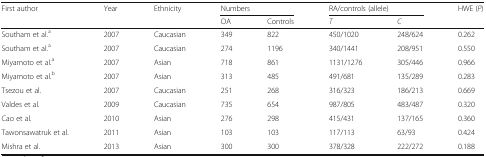
<table><thead><tr><td rowspan="2"><b>First author</b></td><td rowspan="2"><b>Year</b></td><td rowspan="2"><b>Ethnicity</b></td><td colspan="2"><b>Numbers</b></td><td colspan="2"><b>RA/controls (allele)</b></td><td><b>HWE (<i>P</i>)</b></td></tr><tr><td><b>OA</b></td><td><b>Controls</b></td><td><b><i>T</i></b></td><td><b><i>C</i></b></td><td></td></tr></thead><tbody><tr><td>Southam et al.<sup>a</sup></td><td>2007</td><td>Caucasian</td><td>349</td><td>822</td><td>450/1020</td><td>248/624</td><td>0.262</td></tr><tr><td>Southam et al.<sup>a</sup></td><td>2007</td><td>Caucasian</td><td>274</td><td>1196</td><td>340/1441</td><td>208/951</td><td>0.550</td></tr><tr><td>Miyamoto et al.<sup>a</sup></td><td>2007</td><td>Asian</td><td>718</td><td>861</td><td>1131/1276</td><td>305/446</td><td>0.966</td></tr><tr><td>Miyamoto et al.<sup>b</sup></td><td>2007</td><td>Asian</td><td>313</td><td>485</td><td>491/681</td><td>135/289</td><td>0.283</td></tr><tr><td>Tsezou et al.</td><td>2007</td><td>Caucasian</td><td>251</td><td>268</td><td>316/323</td><td>186/213</td><td>0.669</td></tr><tr><td>Valdes et al.</td><td>2009</td><td>Caucasian</td><td>735</td><td>654</td><td>987/805</td><td>483/487</td><td>0.320</td></tr><tr><td>Cao et al.</td><td>2010</td><td>Asian</td><td>276</td><td>298</td><td>415/431</td><td>137/165</td><td>0.360</td></tr><tr><td>Tawonsawatruk et al.</td><td>2011</td><td>Asian</td><td>103</td><td>103</td><td>117/113</td><td>63/93</td><td>0.424</td></tr><tr><td>Mishra et al.</td><td>2013</td><td>Asian</td><td>300</td><td>300</td><td>378/328</td><td>222/272</td><td>0.188</td></tr></tbody></table>